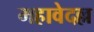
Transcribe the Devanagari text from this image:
महावेदल्ल